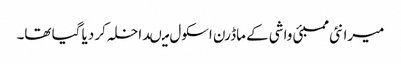
میرا نئی ممبئی واشی کے ماڈرن اسکول میںداخلہ کر دیا گیا تھا۔